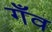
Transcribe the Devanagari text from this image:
गँव